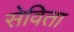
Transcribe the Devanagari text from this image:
सेविता